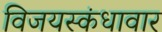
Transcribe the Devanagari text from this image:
विजयस्कंधावार